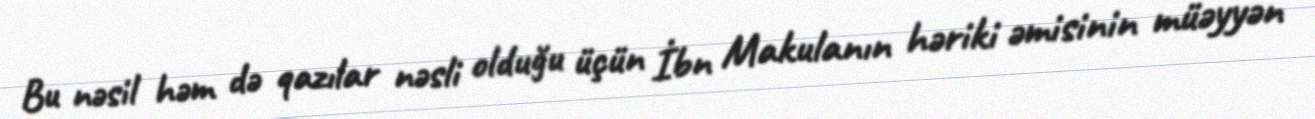
Bu nəsil həm də qazılar nəsli olduğu üçün İbn Makulanın həriki əmisinin müəyyən